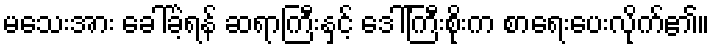
မသေးအား ခေါ်ခဲ့ရန် ဆရာကြီးနှင့် ဒေါ်ကြီးစိုးက စာရေးပေးလိုက်၏။